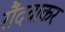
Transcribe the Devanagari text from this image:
रौंदवाकर